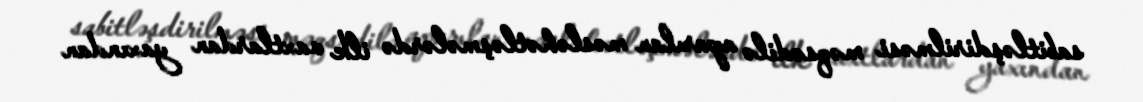
sabitləşdirilməsi məqsədilə aparılan məsləhətləşmələrdə ilk vaxtlardan yaxından